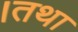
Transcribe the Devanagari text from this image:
।तथा